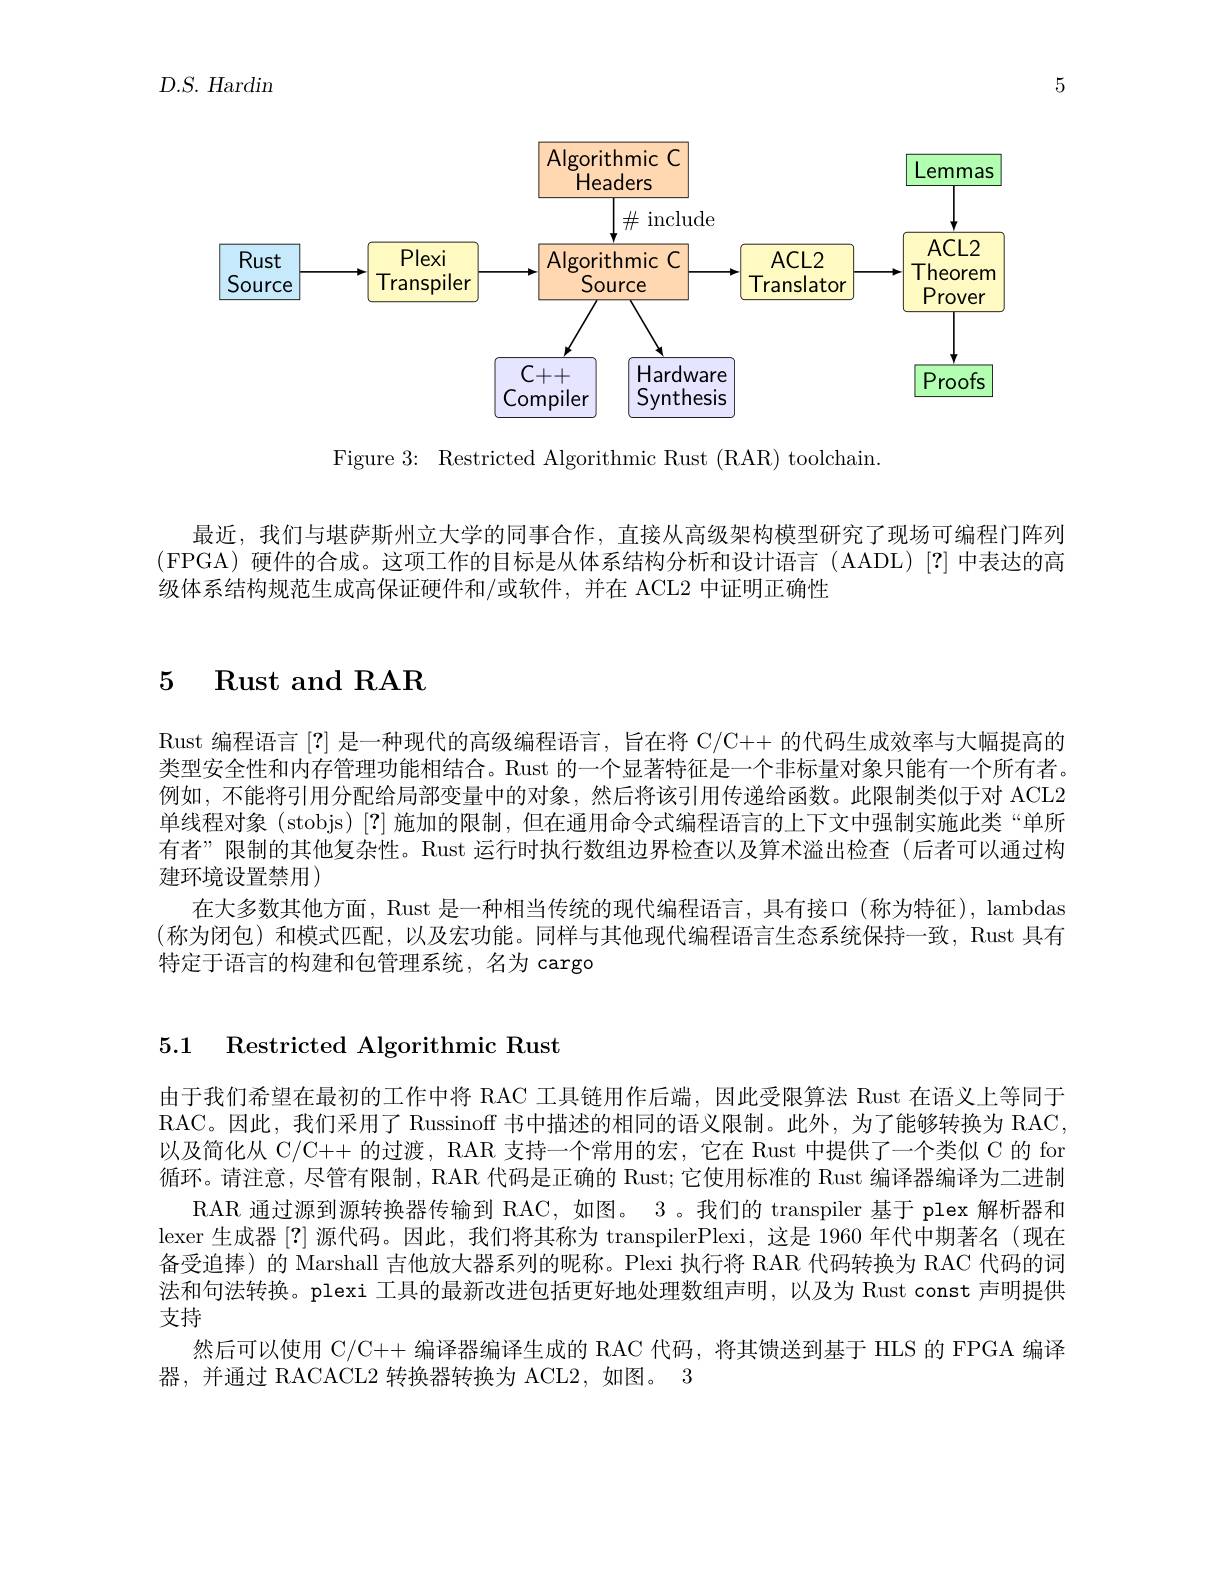
5

$D.S.Hardin$

<FigureHere>

Figure 3{:} Restricted Algorithmic Rust (RAR) toolchain

最近，我们与堪萨斯州立大学的同事合作，直接从高级架构模型研究了现场可编程门阵列(FPGA)硬件的合成。这项工作的目标是从体系结构分析和设计语言(AADL)[?]中表达的高级体系结构规范生成高保证硬件和/或软件，并在 ACL2 中证明正确性

## 5 $\textbf{Rust and RAR}$

Rust 编程语言[?]是一种现代的高级编程语言，旨在将 C/C++ 的代码生成效率与大幅提高的类型安全性和内存管理功能相结合。Rust 的一个显著特征是一个非标量对象只能有一个所有者。例如 , 不能将引用分配给局部变量中的对象，然后将该引用传递给函数。此限制类似于对 ACL2单线程对象 (stobjs) [?] 施加的限制，但在通用命令式编程语言的上下文中强制实施此类“单所有者” 限制的其他复杂性。Rust 运行时执行数组边界检查以及算术溢出检查(后者可以通过构建环境设置禁用)
在大多数其他方面，Rust 是一种相当传统的现代编程语言，具有接口(称为特征), lambdas (称为闭包)和模式匹配，以及宏功能。同样与其他现代编程语言生态系统保持一致，Rust 具有特定于语言的构建和包管理系统，名为 cargo

## 5.1 Restricted Algorithmic Rust

由于我们希望在最初的工作中将 RAC 工具链用作后端，因此受限算法 Rust 在语义上等同于RAC。因此，我们采用了 Russinoff 书中描述的相同的语义限制。此外，为了能够转换为 RAC, 以及简化从 C/C++ 的过渡，RAR 支持一个常用的宏，它在 Rust 中提供了一个类似 C 的 for 循环。请注意，尽管有限制，RAR 代码是正确的 Rust; 它使用标准的 Rust 编译器编译为二进制
RAR 通过源到源转换器传输到 RAC, 如图。3 。我们的 transpiler 基于 plex 解析器和lexer 生成器[?]源代码。因此，我们将其称为 transpilerPlexi,这是 1960 年代中期著名(现在备受追捧)的 Marshall 吉他放大器系列的呢称。Plexi 执行将 RAR 代码转换为 RAC 代码的词法和句法转换。plexi 工具的最新改进包括更好地处理数组声明，以及为 Rust const 声明提供支持
然后可以使用 C/C++ 编译器编译生成的 RAC 代码，将其馈送到基于 HLS 的 FPGA 编译
器，并通过 RACACL2 转换器转换为 ACL2, 如图。 3